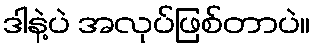
ဒါနဲ့ပဲ အလုပ်ဖြစ်တာပဲ။